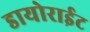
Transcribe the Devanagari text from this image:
डायोराईट